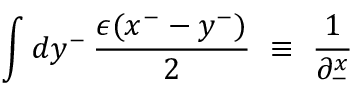
\int d y ^ { - } \, { \frac { \epsilon ( x ^ { - } - y ^ { - } ) } { 2 } } ~ \equiv ~ { \frac { 1 } { \partial _ { - } ^ { x } } }